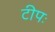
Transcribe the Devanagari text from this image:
टीपः